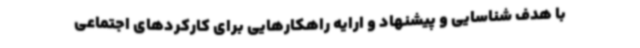
با هدف شناسایی و پیشنهاد و ارایه راهکارهایی برای کارکردهای اجتماعی